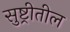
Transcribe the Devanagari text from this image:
सुष्ट्रीतील